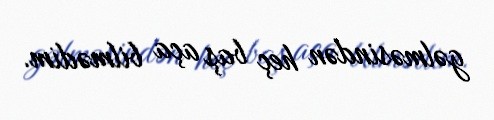
gəlməsindən heç baş aça bilmədim.